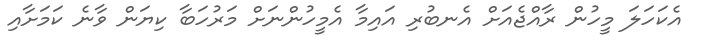
އެކަހަލަ މީހުން ރާއްޖެއަށް އެނބުރި އައިމާ އެމީހުންނަށް މަރުހަބާ ކިޔަން ވާނެ ކަމަށާއި